Civil Veterinary Department ledger series I-VI
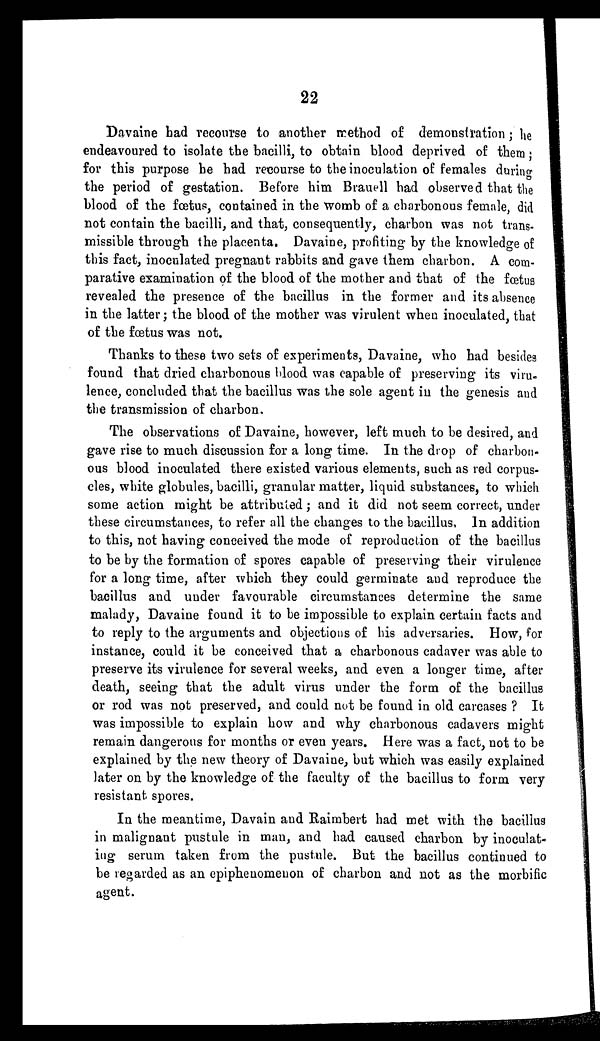
22
Davaine bad recourse to another method of demonstration; he
endeavoured to isolate the bacilli, to obtain blood deprived of them;
for this purpose he had recourse to the inoculation of females during
the period of gestation. Before him Brauell had observed that the
blood of the fœtus, contained in the womb of a charbonous female, did
not contain the bacilli, and that, consequently, charbon was not trans-
missible through the placenta. Davaine, profiting by the knowledge of
this fact, inoculated pregnant rabbits and gave them charbon. A com-
parative examination of the blood of the mother and that of the fœtus
revealed the presence of the bacillus in the former and its absence
in the latter ; the blood of the mother was virulent when inoculated, that
of the fœtus was not.
Thanks to these two sets of experiments, Davaine, who had besides
found that dried charbonous blood was capable of preserving its viru-
lence, concluded that the bacillus was the sole agent in the genesis and
the transmission of charbon.
The observations of Davaine, however, left much to be desired, and
gave rise to much discussion for a long time. In the drop of charbon-
ous blood inoculated there existed various elements, such as red corpus-
cles, white globules, bacilli, granular matter, liquid substances, to which
some action might be attributed; and it did not seem correct, under
these circumstances, to refer all the changes to the bacillus, In addition
to this, not having conceived the mode of reproduction of the bacillus
to be by the formation of spores capable of preserving their virulence
for a long time, after which they could germinate and reproduce the
bacillus and under favourable circumstances determine the same
malady, Davaine found it to be impossible to explain certain facts and
to reply to the arguments and objections of his adversaries. How, for
instance, could it be conceived that a charbonous cadaver was able to
preserve its virulence for several weeks, and even a longer time, after
death, seeing that the adult virus under the form of the bacillus
or rod was not preserved, and could not be found in old carcases? It
was impossible to explain how and why charbonous cadavers might
remain dangerous for months or even years. Here was a fact, not to be
explained by the new theory of Davaine, but which was easily explained
later on by the knowledge of the faculty of the bacillus to form very
resistant spores.
In the meantime, Davain and Raimbert had met with the bacillus
in malignant pustule in man, and had caused charbon by inoculat-
ing serum taken from the pustule. But the bacillus continued to
be regarded as an epiphenomenon of charbon and not as the morbific
agent.